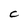
Character: C